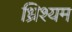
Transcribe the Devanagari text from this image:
ध्रिश्यम